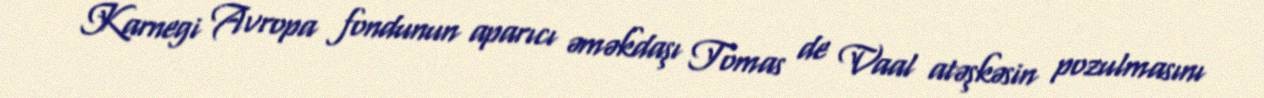
Karnegi Avropa fondunun aparıcı əməkdaşı Tomas de Vaal atəşkəsin pozulmasını